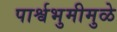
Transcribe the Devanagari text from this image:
पार्श्वभुमीमुळे